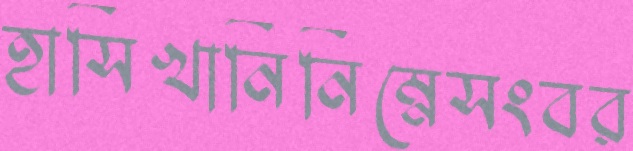
হাসিখানিনিম্নেসংবর